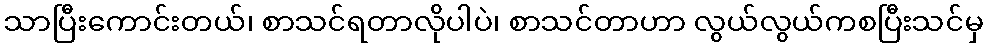
သာပြီးကောင်းတယ်၊ စာသင်ရတာလိုပါပဲ၊ စာသင်တာဟာ လွယ်လွယ်ကစပြီးသင်မှ